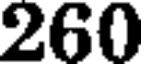
260